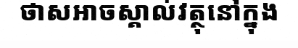
ថាសអាចស្គាល់វត្ថុនៅក្នុង